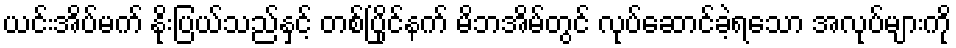
ယင်းအိပ်မက် နိုးပြယ်သည်နှင့် တစ်ပြိုင်နက် မိဘအိမ်တွင် လုပ်ဆောင်ခဲ့ရသော အလုပ်များကို